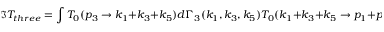
\Im T _ { t h r e e } = \int T _ { 0 } ( p _ { 3 } \rightarrow k _ { 1 } + k _ { 3 } + k _ { 5 } ) d \Gamma _ { 3 } ( k _ { 1 } , k _ { 3 } , k _ { 5 } ) T _ { 0 } ( k _ { 1 } + k _ { 3 } + k _ { 5 } \rightarrow p _ { 1 } + p _ { 2 } ) + \mathrm { ( r e v e r s e d ) } .